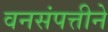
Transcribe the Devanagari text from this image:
वनसंपत्तीने